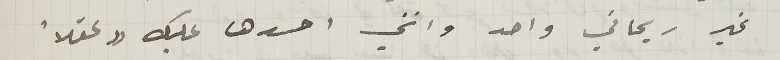
غير ريحاني واحد وانني احسدها عليك "عقلاً